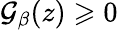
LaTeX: \mathcal{G}_{\beta}(z)\geqslant 0